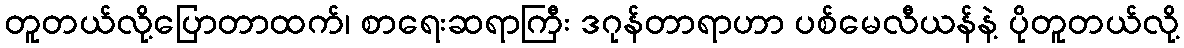
တူတယ်လို့ပြောတာထက်၊ စာရေးဆရာကြီး ဒဂုန်တာရာဟာ ပစ်မေလီယန်နဲ့ ပိုတူတယ်လို့